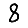
Digit: 8